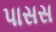
પાસસ